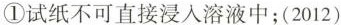
①试纸不可直接浸人液中；(2012)